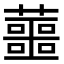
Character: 蘁